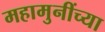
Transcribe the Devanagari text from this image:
महामुनींच्या